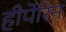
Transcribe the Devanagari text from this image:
हीपेरिन